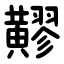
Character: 䵏